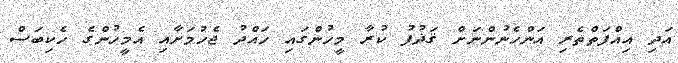
އަދި އިއްފަތްތެރި އަންހެނުންނަށް ޤަޛުފު ކުރާ މީހުންގައި ހައްދު ޖެހުމަށާއި އެމީހުންގެ ހެކިބަސް